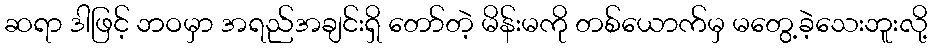
ဆရာ ဒါဖြင့် ဘဝမှာ အရည်အချင်းရှိ တော်တဲ့ မိန်းမကို တစ်ယောက်မှ မတွေ့ခဲ့သေးဘူးလို့